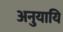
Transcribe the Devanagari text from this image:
अनुयायि